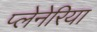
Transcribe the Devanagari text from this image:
प्लेनेरिया